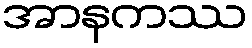
အာနကဿ